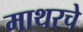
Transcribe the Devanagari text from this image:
माथरचे